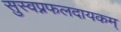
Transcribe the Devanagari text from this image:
सुस्वप्नफलदायकम्